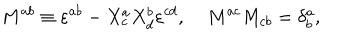
M ^ { a b } \equiv \varepsilon ^ { a b } - X _ { c } ^ { a } X _ { d } ^ { b } \varepsilon ^ { c d } , \; M ^ { a c } M _ { c b } = \delta _ { b } ^ { a } ,